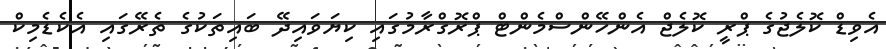
އެވިޑް ކޮލެޖުގެ ޕްރީ ކޮލެޖް އެންހޭންސްމެންޓް ޕްރޮގްރާމުގައި ކިޔަވައިދޭ ބައިތަކުގެ ތެރޭގައި އެކެޑެމިކް